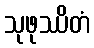
သုဖုဿိတံ